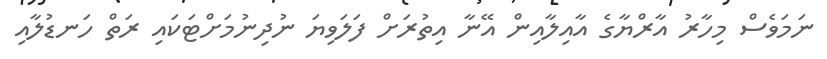
ނަމަވެސް މިހާރު އާރްޔާގެ އާއިލާއިން އޭނާ އިތުރަށް ފަލަވިޔަ ނުދިނުމަށްޓަކައި ރަތް ހަނޑުލާއި